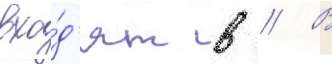
вхо́д'ят в // В